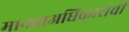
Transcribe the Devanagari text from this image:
मानवाअधिकारांची